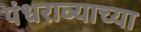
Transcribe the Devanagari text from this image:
पंधराव्याच्या